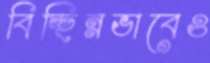
বিচ্ছিন্নভাবেও